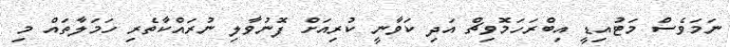
ނަމަވެސް މަޓުއިޑީ އިބްރަހަމޮވިޗް އަދި ކަވާނީ ކުރިއަށް ފޮނުވާލި ނުރައްކާތެރި ހަމަލާތައް މި